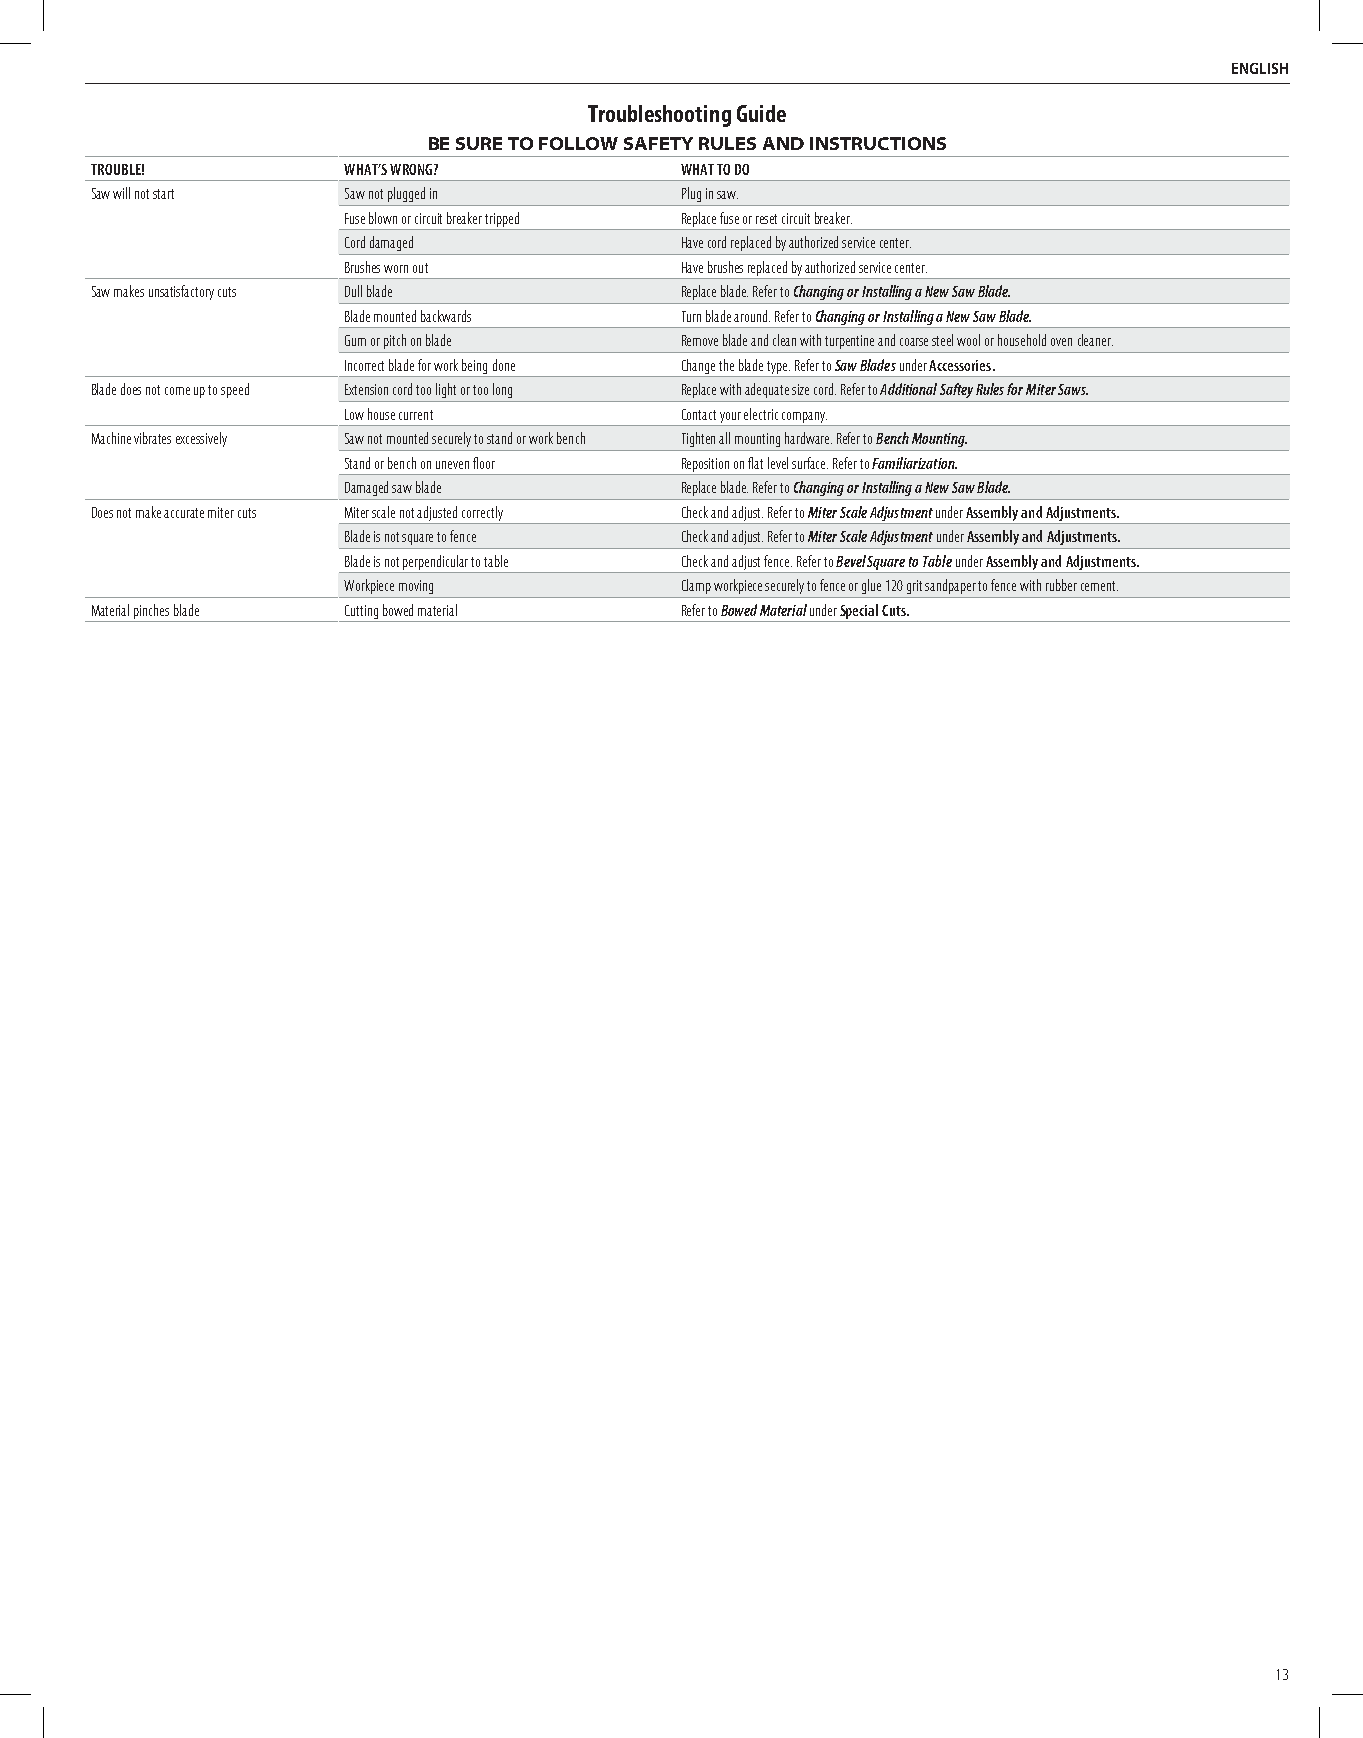
English
 Troubleshooting Guide
 BE SURE TO FOLLOW SAFETY RULES AND INSTRUCTIONS
 TROUBLE!         WHAT’S WRONG?         WHAT TO DO
 Saw will not start Saw not plugged in  Plug in saw.
 Fuse blown or circuit breaker tripped Replace fuse or reset circuit breaker.
 Cord damaged          Have cord replaced by authorized service center.
 Brushes worn out      Have brushes replaced by authorized service center.
 Saw makes unsatisfactory cuts Dull blade Replace blade. Refer to Changing or Installing a New Saw Blade.
 Blade mounted backwards Turn blade around. Refer to Changing or Installing a New Saw Blade.
 Gum or pitch on blade Remove blade and clean with turpentine and coarse steel wool or household oven cleaner.
 Incorrect blade for work being done Change the blade type. Refer to Saw Blades under Accessories.
 Blade does not come up to speed Extension cord too light or too long Replace with adequate size cord. Refer to Additional Saftey Rules for Miter Saws.
 Low house current     Contact your electric company.
 Machine vibrates excessively Saw not mounted securely to stand or work bench Tighten all mounting hardware. Refer to Bench Mounting.
 Stand or bench on uneven floor Reposition on flat level surface. Refer to Familiarization.
 Damaged saw blade     Replace blade. Refer to Changing or Installing a New Saw Blade.
 Does not make accurate miter cuts Miter scale not adjusted correctly Check and adjust. Refer to Miter Scale Adjustment under Assembly and Adjustments.
 Blade is not square to fence Check and adjust. Refer to Miter Scale Adjustment under Assembly and Adjustments.
 Blade is not perpendicular to table Check and adjust fence. Refer to Bevel Square to Table under Assembly and Adjustments.
 Workpiece moving      Clamp workpiece securely to fence or glue 120 grit sandpaper to fence with rubber cement.
 Material pinches blade Cutting bowed material Refer to Bowed Material under Special Cuts.
 13